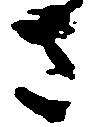
さ